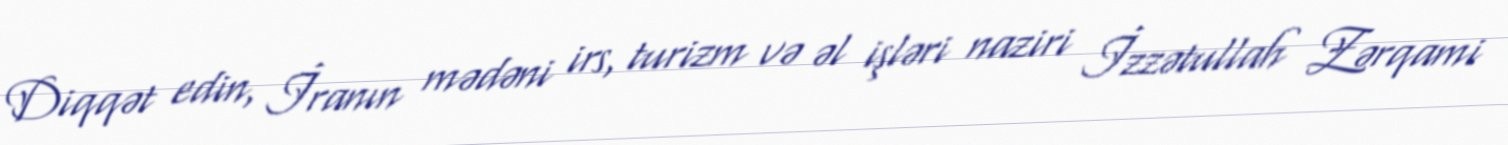
Diqqət edin, İranın mədəni irs, turizm və əl işləri naziri İzzətullah Zərqami